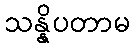
သန္နိပတာမ